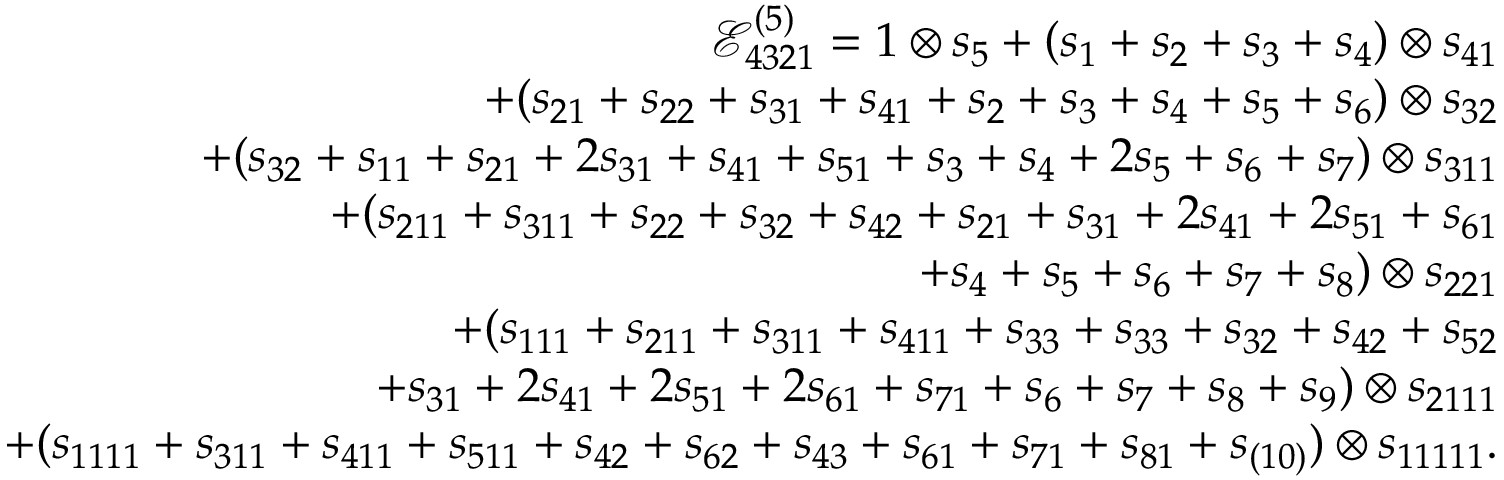
\begin{array} { r l r } & { } & { \mathcal { E } _ { 4 3 2 1 } ^ { ( 5 ) } = 1 \otimes s _ { 5 } + \left( s _ { 1 } + s _ { 2 } + s _ { 3 } + s _ { 4 } \right) \otimes s _ { 4 1 } } \\ & { } & { \qquad + ( s _ { 2 1 } + s _ { 2 2 } + s _ { 3 1 } + s _ { 4 1 } + s _ { 2 } + s _ { 3 } + s _ { 4 } + s _ { 5 } + s _ { 6 } ) \otimes s _ { 3 2 } } \\ & { } & { \qquad + ( s _ { 3 2 } + s _ { 1 1 } + s _ { 2 1 } + 2 s _ { 3 1 } + s _ { 4 1 } + s _ { 5 1 } + s _ { 3 } + s _ { 4 } + 2 s _ { 5 } + s _ { 6 } + s _ { 7 } ) \otimes s _ { 3 1 1 } } \\ & { } & { \qquad + ( s _ { 2 1 1 } + s _ { 3 1 1 } + s _ { 2 2 } + s _ { 3 2 } + s _ { 4 2 } + s _ { 2 1 } + s _ { 3 1 } + 2 s _ { 4 1 } + 2 s _ { 5 1 } + s _ { 6 1 } } \\ & { } & { \qquad \qquad + s _ { 4 } + s _ { 5 } + s _ { 6 } + s _ { 7 } + s _ { 8 } ) \otimes s _ { 2 2 1 } } \\ & { } & { \qquad + ( s _ { 1 1 1 } + s _ { 2 1 1 } + s _ { 3 1 1 } + s _ { 4 1 1 } + s _ { 3 3 } + s _ { 3 3 } + s _ { 3 2 } + s _ { 4 2 } + s _ { 5 2 } } \\ & { } & { \qquad \qquad + s _ { 3 1 } + 2 s _ { 4 1 } + 2 s _ { 5 1 } + 2 s _ { 6 1 } + s _ { 7 1 } + s _ { 6 } + s _ { 7 } + s _ { 8 } + s _ { 9 } ) \otimes s _ { 2 1 1 1 } } \\ & { } & { \qquad + ( s _ { 1 1 1 1 } + s _ { 3 1 1 } + s _ { 4 1 1 } + s _ { 5 1 1 } + s _ { 4 2 } + s _ { 6 2 } + s _ { 4 3 } + s _ { 6 1 } + s _ { 7 1 } + s _ { 8 1 } + s _ { ( 1 0 ) } ) \otimes s _ { 1 1 1 1 1 } . } \end{array}